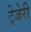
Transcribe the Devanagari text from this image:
ट्रेजेरी